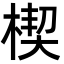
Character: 楔